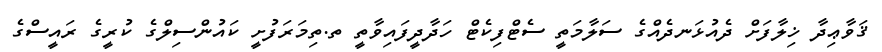
ޤަވާޢިދާ ޚިލާފަށް ދެއުޅަނދެއްގެ ސަލާމަތީ ސެޓްފިކެޓް ހަދާދީފައިވާތީ ތ.ތިމަރަފުށީ ކައުންސިލްގެ ކުރީގެ ރައީސްގެ